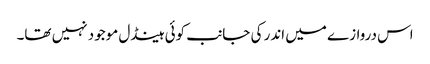
اس دروازے میں اندر کی جانب کوئی ہینڈل موجود نہیں تھا۔